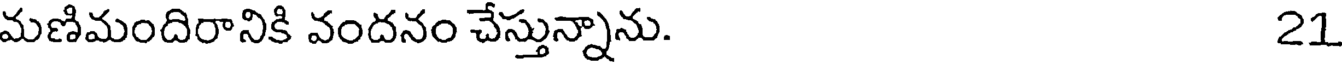
మణిమందిరానికి వందనం చేస్తున్నాను. 21